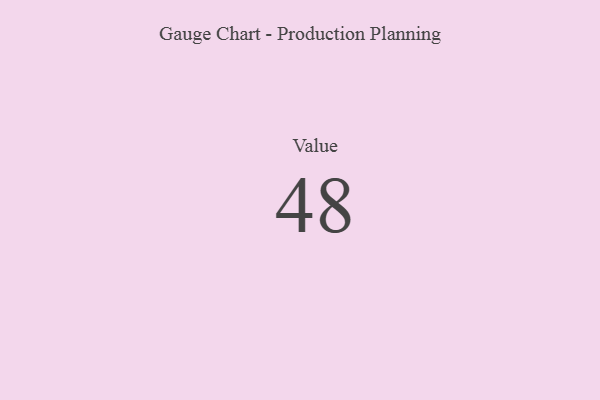
{"axis": {"x": "Metric", "y": "Value"}, "legend": [""], "data": [{"x": "Value", "y": 48, "type": ""}]}